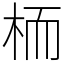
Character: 栭